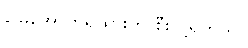
မြေအောက်ရထားကို စီးလို့ရတယ်။